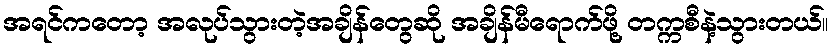
အရင်ကတော့ အလုပ်သွားတဲ့အချိန်တွေဆို အချိန်မီရောက်ဖို့ တက္ကစီနဲ့သွားတယ်။